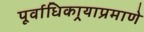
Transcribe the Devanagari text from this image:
पूर्वाधिकार्‍याप्रमाणे